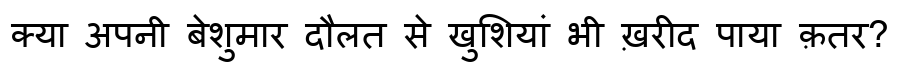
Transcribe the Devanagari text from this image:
क्या अपनी बेशुमार दौलत से खुशियां भी ख़रीद पाया क़तर?